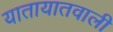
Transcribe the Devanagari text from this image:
यातायातवाली